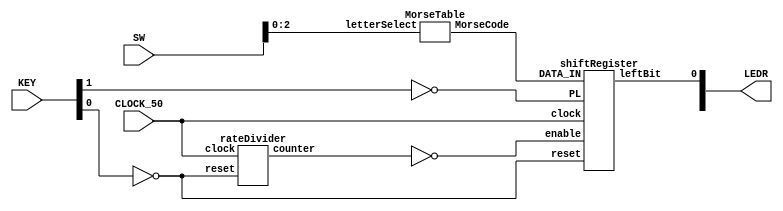
`timescale 1ns / 1ns // `timescale time_unit/time_precision

// Morse code encoder with LED flash output
module MorseEncoder(input[9:0] SW, input[3:0] KEY, input CLOCK_50, output[9:0] LEDR);
	wire[2:0] letterSelect;
	wire PLoad,reset;
	
	wire[12:0] MorseCode;
	wire enableClock;
	wire[24:0] rDivider;
	wire flash;
	
	// Input assignment
	assign letterSelect = SW[2:0];
	assign PLoad = ~KEY[1];
	assign reset = ~KEY[0];
	
	// Letter to Morse Code LUT
	MorseTable MT0(.letterSelect(letterSelect),.MorseCode(MorseCode));
	
	// Clock ever 0.5 seconds
	rateDivider rD0(.clock(CLOCK_50),.reset(reset),.counter(rDivider));
	assign enableClock = (rDivider==0);
	
	// Shift register to display the morse code
	shiftRegister reg0(.clock(CLOCK_50),.reset(reset),.PL(PLoad),
							 .enable(enableClock),.DATA_IN(MorseCode),.leftBit(flash));
	
	// Output
	assign LEDR[0] = flash;
endmodule

// Left 13-bit shift register, inserts a 0 onto the right
// Active high async reset, active high async parallel load
module shiftRegister(input [12:0] DATA_IN, input reset,clock,PL,enable, output reg leftBit);
	reg[12:0] Q;
	
	always @(posedge clock)
	begin
		if(reset) // Async reset
		begin
			Q <= 0;
			leftBit <= 0;
		end
		else if(PL) // Async parallel load
			Q <= DATA_IN;
		else if(enable) // 0.5s clock pulse
		begin // Do the shifting
			leftBit <= Q[12];
			Q[12] <= Q[11];
			Q[11] <= Q[10];
			Q[10] <= Q[9];
			Q[9] <= Q[8];
			Q[8] <= Q[7];
			Q[7] <= Q[6];
			Q[6] <= Q[5];
			Q[5] <= Q[4];
			Q[4] <= Q[3];
			Q[3] <= Q[2];
			Q[2] <= Q[1];
			Q[1] <= Q[0];
			Q[0] <= 0;
		end
	end
endmodule

// LUT for the Morse code of the selected letter (S-Z)
module MorseTable(input[2:0] letterSelect, output reg[12:0] MorseCode);
	always @(*)
	begin
		case(letterSelect)
			0: // S
				MorseCode = 13'b1010100000000;
			1: // T
				MorseCode = 13'b1110000000000;
			2: // U
				MorseCode = 13'b1010111000000;
			3: // V
				MorseCode = 13'b1010101110000;
			4: // W
				MorseCode = 13'b1011101110000;
			5: // X
				MorseCode = 13'b1110101011100;
			6: // Y
				MorseCode = 13'b1110101110111;
			7: // Z
				MorseCode = 13'b1110111010100;
			default: // Latch prevention
				MorseCode = 0;
		endcase
	end
endmodule

// Active high, synchronous reset positive edge triggered counter with parallel load
// Counts down from 25M-1 to 0, 25M is 25 bits
module rateDivider(input clock,reset, output reg[24:0] counter);
	// When simulating use divisor = 1000000
	// Uploading to FPGA use divisor = 1
	// Used because simulating a 50 Mhz clock means a very long run time
	parameter divisor = 1; 

	always @(posedge clock)
	begin
		if(reset) // Active high reset to loadIn
			counter <= 25000000/divisor-1;
		else if(counter==0) // Reset to initial value (1 cycle)
			counter <= 25000000/divisor-1;
		else // Count down
			counter <= counter-1;
	end
endmodule